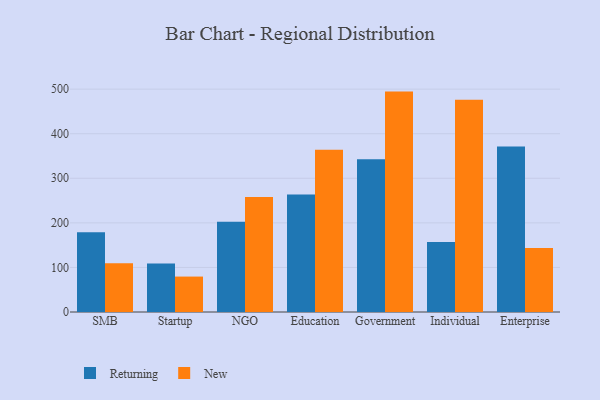
{"axis": {"x": "Segment", "y": "Page Views"}, "legend": ["New", "Returning"], "data": [{"x": "SMB", "y": 179.2, "type": "Returning"}, {"x": "SMB", "y": 109.4, "type": "New"}, {"x": "Startup", "y": 108.9, "type": "Returning"}, {"x": "Startup", "y": 79.5, "type": "New"}, {"x": "NGO", "y": 202.3, "type": "Returning"}, {"x": "NGO", "y": 258.0, "type": "New"}, {"x": "Education", "y": 263.5, "type": "Returning"}, {"x": "Education", "y": 364.1, "type": "New"}, {"x": "Government", "y": 342.6, "type": "Returning"}, {"x": "Government", "y": 494.5, "type": "New"}, {"x": "Individual", "y": 156.9, "type": "Returning"}, {"x": "Individual", "y": 476.0, "type": "New"}, {"x": "Enterprise", "y": 371.1, "type": "Returning"}, {"x": "Enterprise", "y": 143.5, "type": "New"}]}